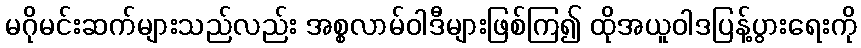
မဂိုမင်းဆက်များသည်လည်း အစ္စလာမ်ဝါဒီများဖြစ်ကြ၍ ထိုအယူဝါဒပြန့်ပွားရေးကို